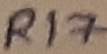
Text: R17